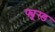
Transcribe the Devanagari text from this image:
फ्यूस्ड